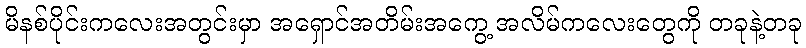
မိနစ်ပိုင်းကလေးအတွင်းမှာ အရှောင်အတိမ်းအကွေ့ အလိမ်ကလေးတွေကို တခုနဲ့တခု